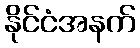
နိုင်ငံအနက်